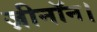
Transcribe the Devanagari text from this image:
ज़ीनॉन।